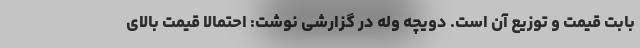
بابت قیمت و توزیع آن است. دویچه وله در گزارشی نوشت: احتمالا قیمت بالای